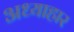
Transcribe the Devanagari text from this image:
अध्याहार